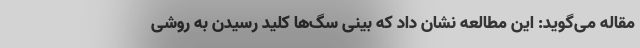
مقاله می‌گوید: این مطالعه نشان داد که بینی سگ‌ها کلید رسیدن به روشی